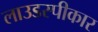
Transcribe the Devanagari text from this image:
लाउडस्पीकार